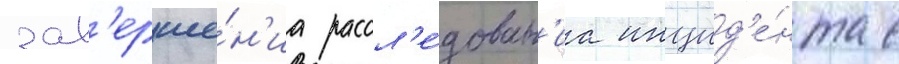
зав'ерше́н'иа рассл'е́дован'иа инцид'е́нта с